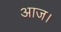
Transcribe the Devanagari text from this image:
आज।